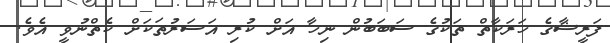
ފަރީޝާގެ ހަރަކާތް ތަކުގެ ސަބަބުން ނިހާ އަށް ކުރި އަސަރުތަކަށް ކެތްނުވީ އެވެ.